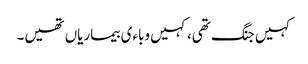
کہیں جنگ تھی، کہیں وباءی بیماریاں تھیں۔